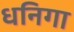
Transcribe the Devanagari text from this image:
धनिगा